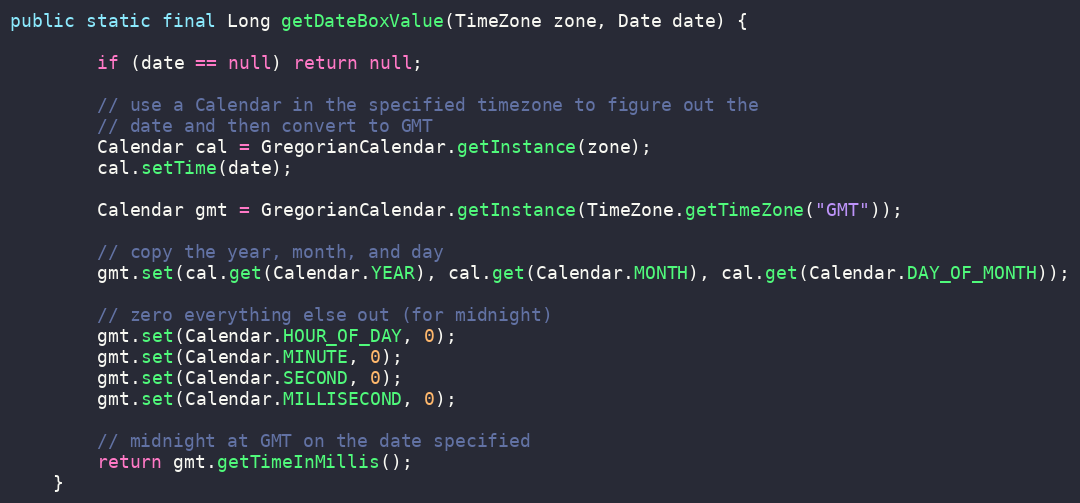
Language: Java
public static final Long getDateBoxValue(TimeZone zone, Date date) {

        if (date == null) return null;

        // use a Calendar in the specified timezone to figure out the
        // date and then convert to GMT
        Calendar cal = GregorianCalendar.getInstance(zone);
        cal.setTime(date);

        Calendar gmt = GregorianCalendar.getInstance(TimeZone.getTimeZone("GMT"));

        // copy the year, month, and day
        gmt.set(cal.get(Calendar.YEAR), cal.get(Calendar.MONTH), cal.get(Calendar.DAY_OF_MONTH));

        // zero everything else out (for midnight)
        gmt.set(Calendar.HOUR_OF_DAY, 0);
        gmt.set(Calendar.MINUTE, 0);
        gmt.set(Calendar.SECOND, 0);
        gmt.set(Calendar.MILLISECOND, 0);

        // midnight at GMT on the date specified
        return gmt.getTimeInMillis();
    }